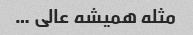
مثله همیشه عالی …